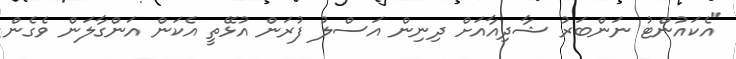
"އެކައުންޓު ނަންބަރު ޝާދިއާއަށް ދިނިން އަސްލު ފުރަން އުޅޭތީ އެކަން އަންގާލަން ވެގެން